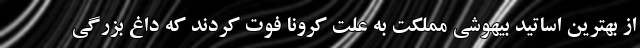
از بهترین اساتید بیهوشی مملکت به علت کرونا فوت کردند که داغ بزرگی